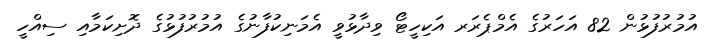
އުމުރުފުޅުން 82 އަހަރުގެ އެމްޕެރަރ އަކިހީޓޯ ވިދާޅުވީ އެމަނިކުފާނުގެ އުމުރުފުޅުގެ ދޮށިކަމާއި ސިއްހީ